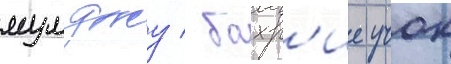
мумджу / бахр'ие учок